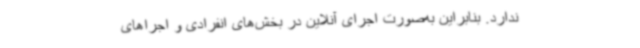
ندارد. بنابراین به‌صورت اجرای آنلاین در بخش‌های انفرادی و اجراهای